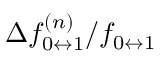
\Delta f _ { 0 \leftrightarrow 1 } ^ { ( n ) } / f _ { 0 \leftrightarrow 1 }